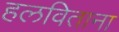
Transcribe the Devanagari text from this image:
हलविताना